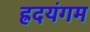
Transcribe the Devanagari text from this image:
ह्रदयंगम